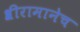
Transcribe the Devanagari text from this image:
श्रीरामानेच